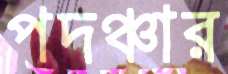
পদঞ্চার